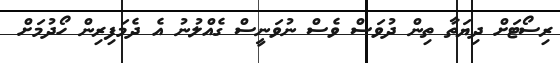
ރިސޯޓަށް ދިޔަތާ ތިން ދުވަސް ވެސް ނުވަނީސް ގެއްލުނު އެ ދެމަފިރިން ހޯދުމަށް